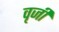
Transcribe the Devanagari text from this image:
वृजी